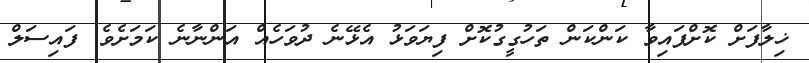
ޚިލާފަށް ކޮށްފައިވާ ކަންކަން ތަހުގީގުކޮށް ފިޔަވަޅު އެޅޭނެ ދުވަހެއް އަންނާނެ ކަމަށެވެ. ފައިސަލް